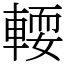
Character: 𨍥